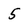
Character: 5